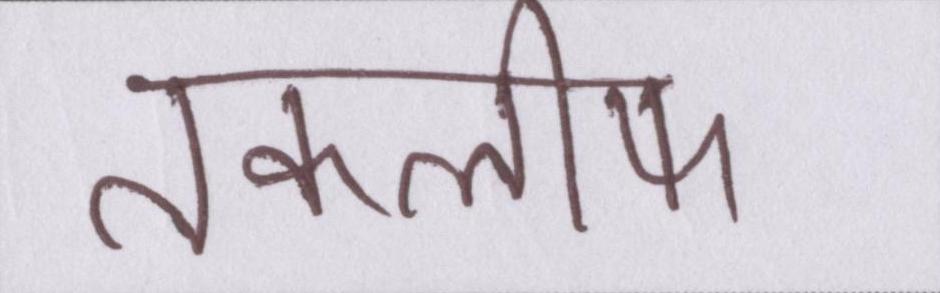
तकलीफ